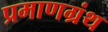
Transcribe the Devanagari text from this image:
प्रमाणग्रंथ